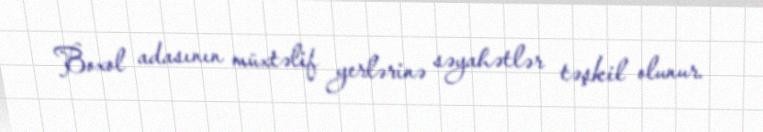
Boxol adasının müxtəlif yerlərinə səyahətlər təşkil olunur.